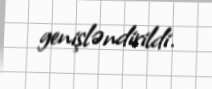
genişləndirildi.